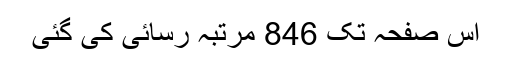
اِس صفحہ تک 846 مرتبہ رسائی کی گئی